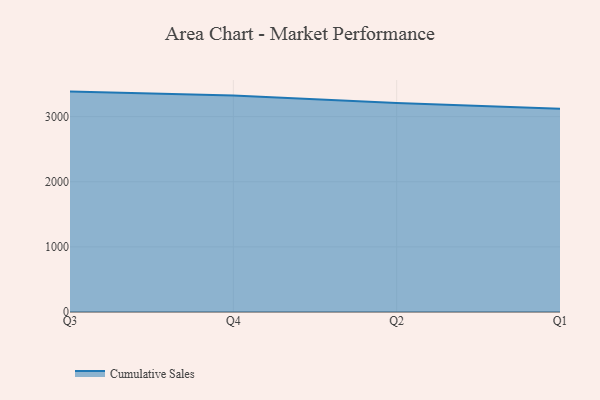
{"axis": {"x": "Quarter", "y": "Budget (USD K)"}, "legend": ["Cumulative Sales"], "data": [{"x": "Q3", "y": 3384.7, "type": "Cumulative Sales"}, {"x": "Q4", "y": 3326.1, "type": "Cumulative Sales"}, {"x": "Q2", "y": 3208.7, "type": "Cumulative Sales"}, {"x": "Q1", "y": 3121.2, "type": "Cumulative Sales"}]}